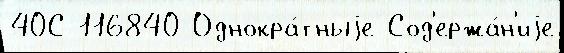
40С 116840 Однокра́тныjе Сод'ержа́н'иjе